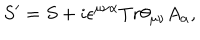
LaTeX: S ^ { \prime } = S + i \epsilon ^ { \mu \nu \alpha } T r \theta _ { \mu \nu } A _ { \alpha } ,